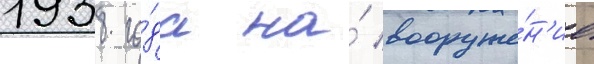
1938 го́да на́ вооруже́н'ие